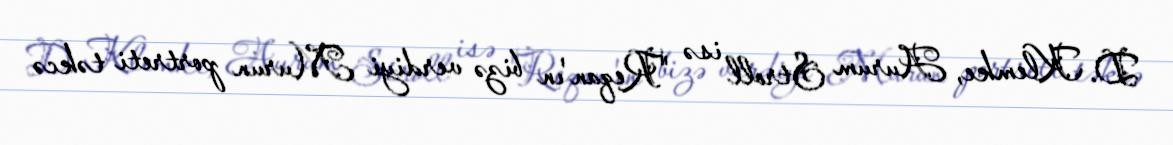
D. Klemke, Aurum Stroll isə "Reqan'ın bizə verdiyi Murun portreti təkcə